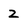
Character: 2